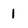
Character: 1